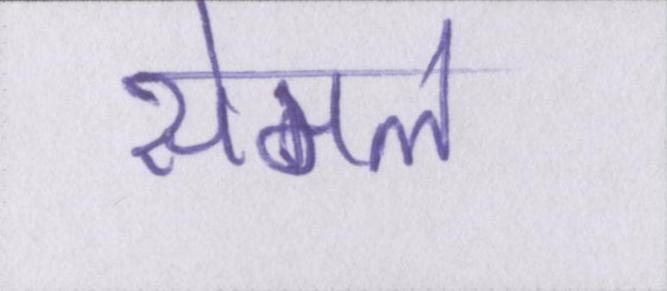
सेमल